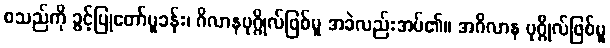
စသည်ကို ခွင့်ပြုတော်မူခန်း၊ ဂိလာနပုဂ္ဂိုလ်ဖြစ်မူ အခဲလည်းအပ်၏။ အဂိလာန ပုဂ္ဂိုလ်ဖြစ်မူ